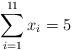
LaTeX: \begin{align*}\sum\limits_{i=1}^{11} x_i = 5\end{align*}